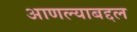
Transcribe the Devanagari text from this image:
आणल्याबद्दल